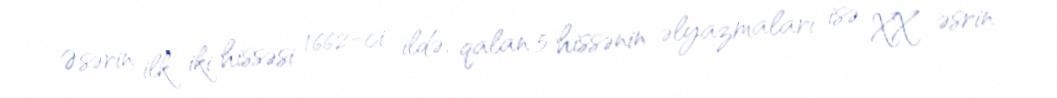
Əsərin ilk iki hissəsi 1662-ci ildə, qalan 5 hissənin əlyazmaları isə XX əsrin